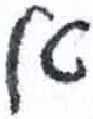
אות: א